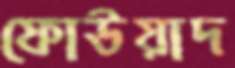
ফোউয়াদ